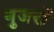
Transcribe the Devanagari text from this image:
गुजरों